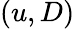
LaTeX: (u,D)